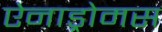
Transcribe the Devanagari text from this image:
ऐनाड्रोमस